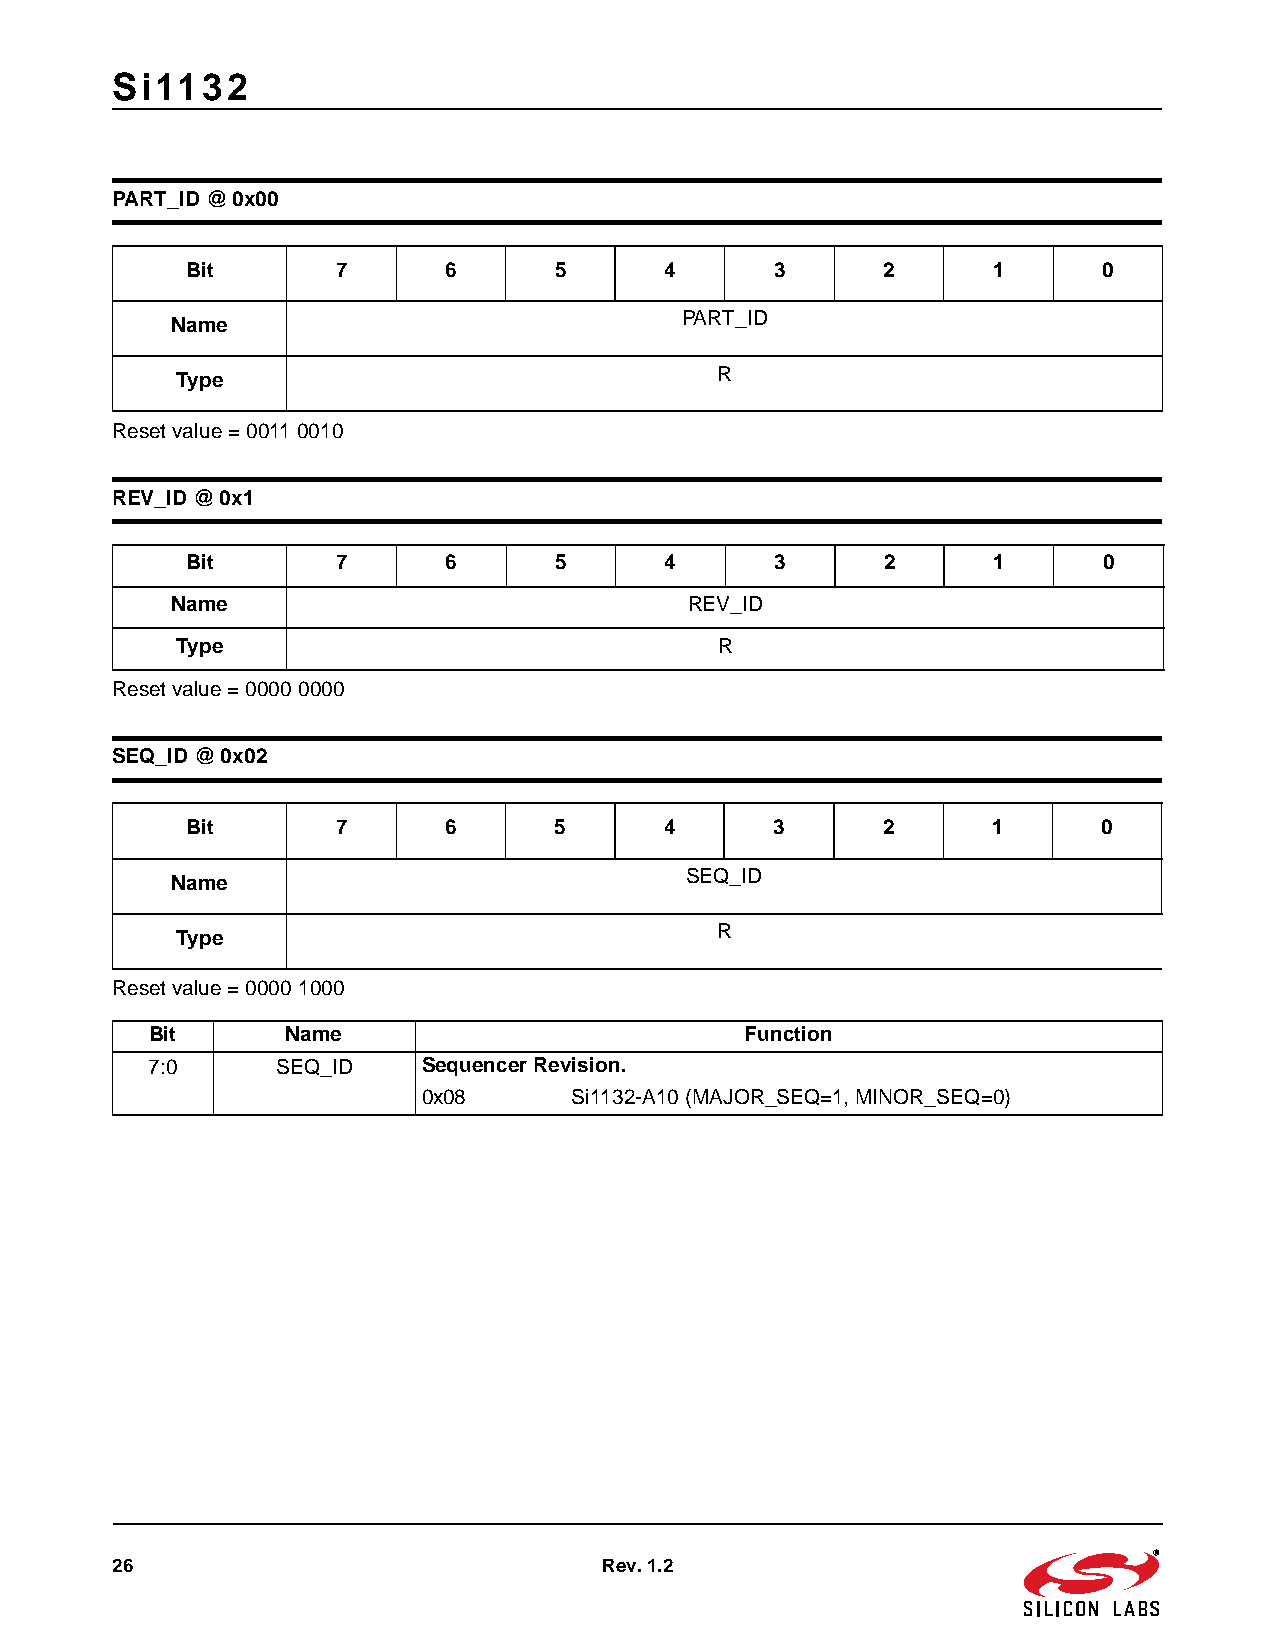
Si1132
 PART_ID @ 0x00
 Bit       7      6       5      4      3      2       1      0
 PART_ID
 Name
 R
 Type
 Reset value=0011 0010
 REV_ID @ 0x1
 Bit       7      6       5      4      3       2      1      0
 Name                               REV_ID
 Type                                R
 Reset value=0000 0000
 SEQ_ID @ 0x02
 Bit       7      6       5      4      3      2       1      0
 SEQ_ID
 Name
 R
 Type
 Reset value=0000 1000
 Bit      Name                          Function
 7:0     SEQ_ID    Sequencer Revision.
 0x08      Si1132-A10 (MAJOR_SEQ=1, MINOR_SEQ=0)
 26                               Rev. 1.2